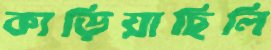
কাড়িয়াছিলি